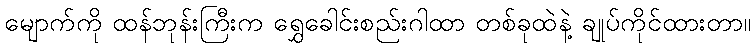
မျောက်ကို ထန်ဘုန်းကြီးက ရွှေခေါင်းစည်းဂါထာ တစ်ခုထဲနဲ့ ချုပ်ကိုင်ထားတာ။